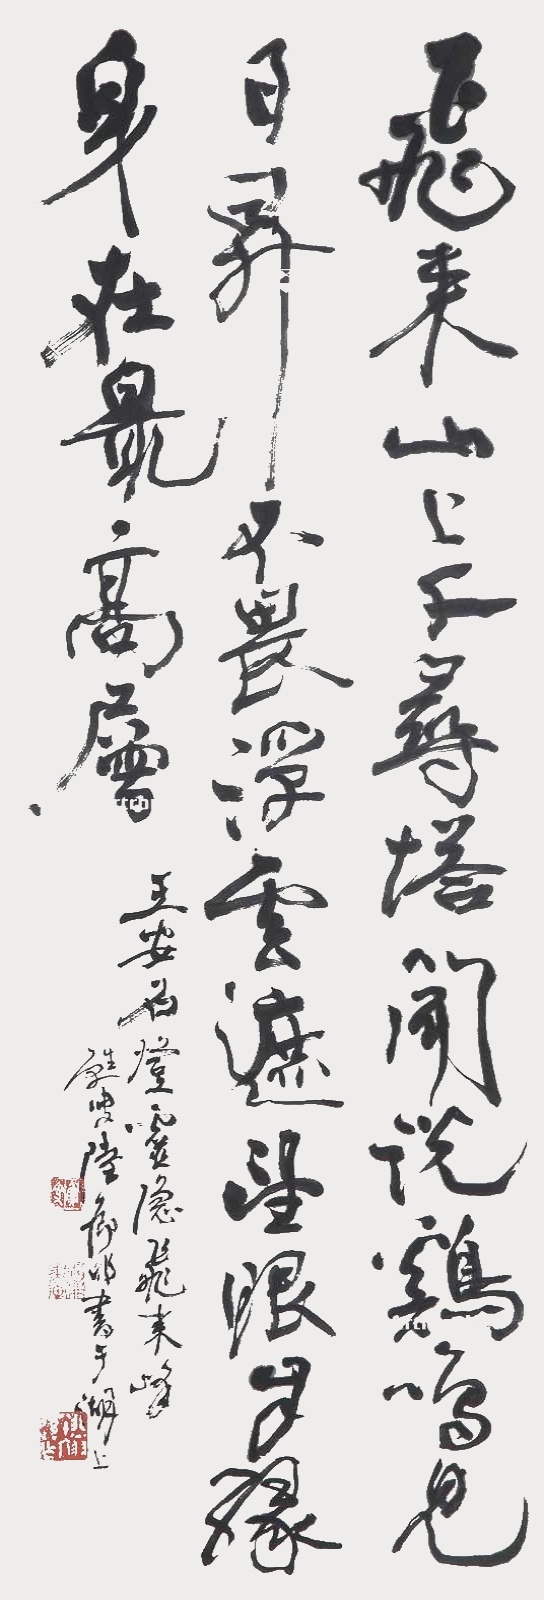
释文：飞来山上千寻塔，闻说鸡鸣见日升。不畏浮云遮望眼，自缘身在最高层。王安石登灵隐飞来峰，苏叟陆抑非书于湖上。